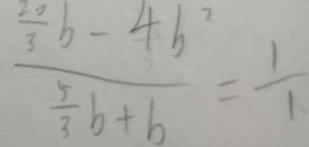
\frac { \frac { 2 0 } { 3 } b - 4 b ^ { 2 } } { \frac { 5 } { 3 } b + b } = \frac { 1 } { 1 }